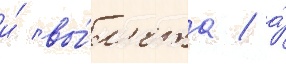
и́ вы́л'ета / а́